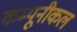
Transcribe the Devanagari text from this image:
कम्यूनीकल